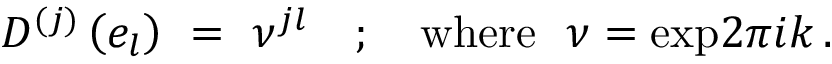
D ^ { ( j ) } \left( e _ { l } \right) ~ = ~ \nu ^ { j l } ~ ~ ~ ; { } ~ ~ ~ \mathrm { w h e r e } ~ ~ \nu = \mathrm { e x p } { { \o { 2 \pi i } { k } } } \, .